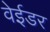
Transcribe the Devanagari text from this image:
वेईडर